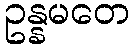
ဥန္နမတေ